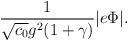
LaTeX: \begin{align*}{1 \over \sqrt{c_0} g^2(1+\gamma)}|e\Phi|.\end{align*}